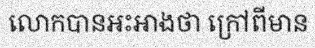
លោកបានអះអាងថា ក្រៅពីមាន